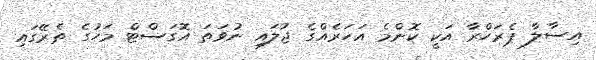
އިސާލާ ޕެރަހްރާ އަކީ ކޮންމެ އަހަރެއްގެ ޖުލައި ނުވަތަ އޮގަސްޓް މަހުގެ ތެރޭގައި